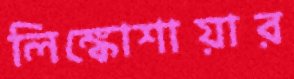
লিঙ্কোশায়ার